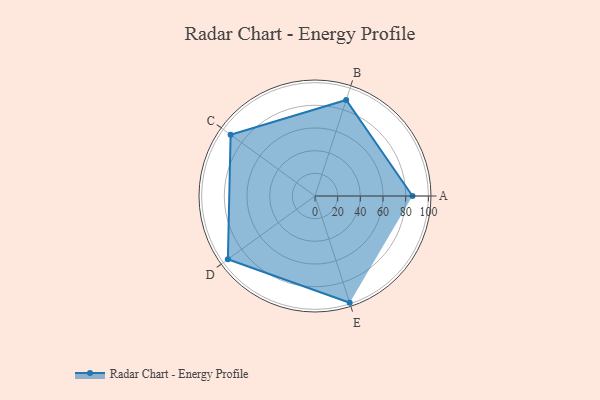
{"axis": {"x": "Skill", "y": "Score"}, "legend": ["Profile"], "data": [{"x": "A", "y": 86.0, "type": "Profile"}, {"x": "B", "y": 89.0, "type": "Profile"}, {"x": "C", "y": 92.0, "type": "Profile"}, {"x": "D", "y": 95.0, "type": "Profile"}, {"x": "E", "y": 99, "type": "Profile"}]}